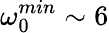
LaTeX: \omega_{0}^{min}\sim 6